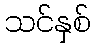
သင်နှစ်